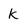
Character: k